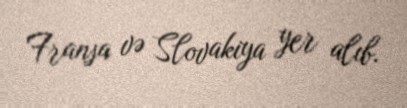
Fransa və Slovakiya yer alıb.